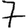
Digit: 7